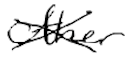
Text: other
Cross-out: cross
Writing tool: digital_black